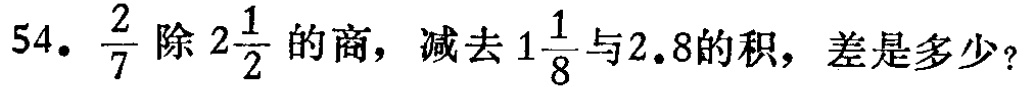
54. $\frac{2}{7}$ 除 $2\frac{1}{2}$ 的商，减去 $1\frac{1}{8}$ 与 $2.8$ 的积，差是多少？